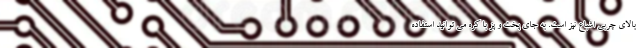
بالای چربی اشباع نیز است. به جای پخت و پز با کره می توانید استفاده